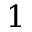
1